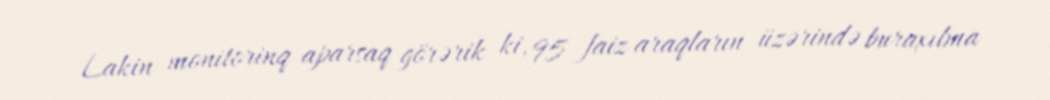
Lakin monitorinq aparsaq görərik ki, 95 faiz araqların üzərində buraxılma